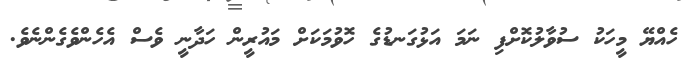
ހެއްޔޭ މީހަކު ސުވާލުކޮށްފި ނަމަ އަޅުގަނޑުގެ ހޮވުމަކަށް މައުރީން ހަދާނީ ވެސް އެހެންވެގެންނެވެ.